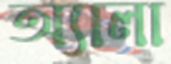
অ্যালা